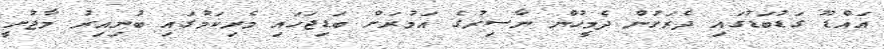
އައްޑޫ ގަޑުބަޑުގައި ދެރަށުން ދެމީހުން ނާސިރުގެ އަމުރަށް ބަޑިޖަހައި މެރިކަމުގައި ބުނިއިރު މާޖުށީ